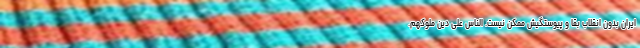
ایران بدون انقلاب بقا و پیوستگیش ممکن نیست. الناس علی دین ملوکهم.